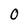
Character: O